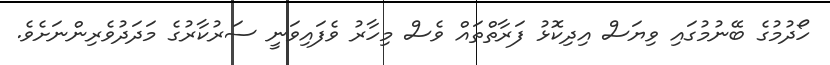
ހޯދުމުގެ ބޭނުމުގައި ވިޔަސް އިދިކޮޅު ފަރާތްތައް ވެސް މިހާރު ވެފައިވަނީ ސަރުކާރުގެ މަދަދުވެރިންނަށެވެ.